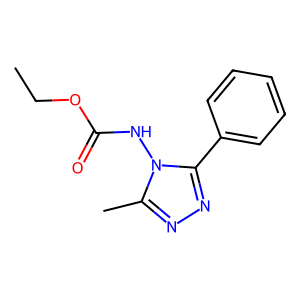
SMILES: CCOC(=O)Nn1c(C)nnc1-c1ccccc1
Inhibits HIV replication: No